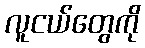
လူငယ်တွေကို